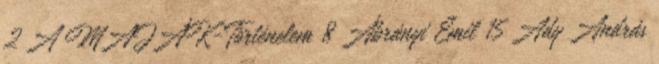
2 A MAJÁK-Történelem 8 Ábrányi Emil 15 Ady András